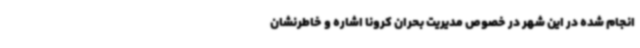
انجام شده در این شهر در خصوص مدیریت بحران کرونا اشاره و خاطرنشان